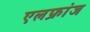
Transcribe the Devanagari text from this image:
एलफ्रांज